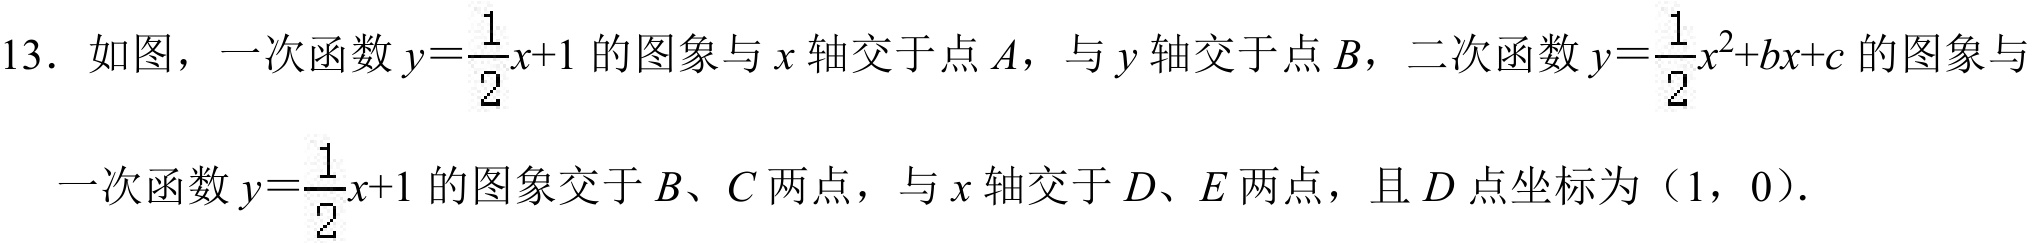
13．如图，一次函数$y = \dfrac{1}{2}x + 1$的图象与$x$轴交于点$A$，与$y$轴交于点$B$，二次函数$y=\dfrac{1}{2}x^{2}+bx + c$的图象与一次函数$y=\dfrac{1}{2}x + 1$的图象交于$B$、$C$两点，与$x$轴交于$D$、$E$两点，且$D$点坐标为（1，0）.